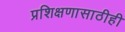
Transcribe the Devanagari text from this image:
प्रशिक्षणासाठीही